Civil Veterinary Department. Madras. Admin. report 1926-33 - 1926-1933
Year: 1926
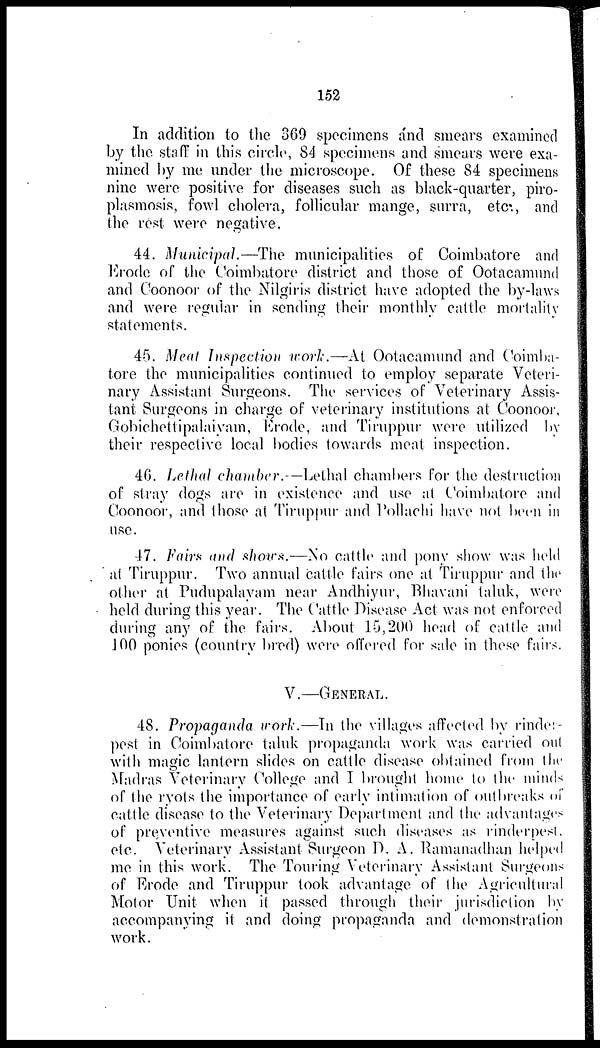
152
In addition to the 369 specimens and smears examined
by the staff in this circle, 84 specimens and smears were exa-
mined by me under the microscope. Of these 84 specimens
nine were positive for diseases such as black-quarter, piro-
plasmosis, fowl cholera, follicular mange, surra, etc., and
the rest were negative.
44. Municipal.—The municipalities of Coimbatore and
Erode of the Coimbatore district and those of Ootacamund
and Coonoor of the Nilgiris district have adopted the by-laws
and were regular in sending their monthly cattle mortality
statements.
45. Meat Inspection work.—At Ootacamund and Coimba-
tore the municipalities continued to employ separate Veteri-
nary Assistant Surgeons. The services of Veterinary Assis-
tant Surgeons in charge of veterinary institutions at Coonoor,
Gobichettipalaiyam, Erode, and Tiruppur were utilized by
their respective local bodies towards meat inspection.
46. Lethal chamber.—Lethal chambers for the destruction
of stray dogs are in existence and use at Coimbatore and
Coonoor, and those at Tiruppur and Pollachi have not been in
use.
47. Fairs and shows.—No cattle and pony show was held
at Tiruppur. Two annual cattle fairs one at Tiruppur and the
other at Pudupalayam near Andhiyur, Bhavani taluk, were
held during this year. The Cattle Disease Act was not enforced
during any of the fairs. About 15,200 head of cattle and
100 ponies (country bred) were offered for sale in these fairs.
V.—GENERAL.
48. Propaganda work.—In the villages affected by rinder-
pest in Coimbatore taluk propaganda work was carried out
with magic lantern slides on cattle disease obtained from the
Madras Veterinary College and I brought home to the minds
of the ryots the importance of early intimation of outbreaks of
cattle disease to the Veterinary Department and the advantages
of preventive measures against such diseases as rinderpest,
etc. Veterinary Assistant Surgeon D. A. Ramanadhan helped
me in this work. The Touring Veterinary Assistant Surgeons
of Erode and Tiruppur took advantage of the Agricultural
Motor Unit when it passed through their jurisdiction by
accompanying it and doing propaganda and demonstration
work.